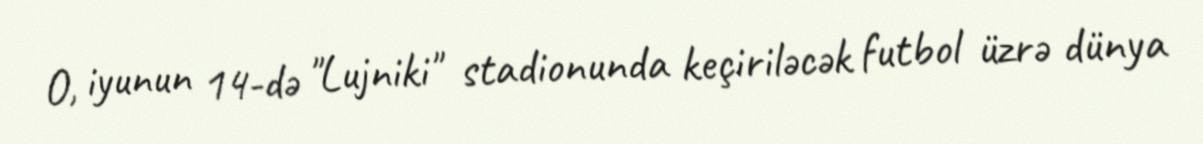
O, iyunun 14-də "Lujniki" stadionunda keçiriləcək futbol üzrə dünya